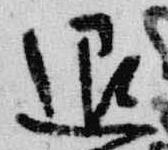
退